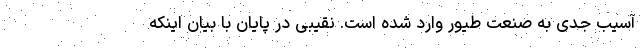
آسیب جدی به صنعت طیور وارد شده است. نقیبی در پایان با بیان اینکه